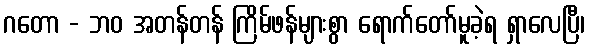
ဂတော - ဘဝ အတန်တန် ကြိမ်ဖန်များစွာ ရောက်တော်မူခဲ့ရ ရှာလေပြီ၊